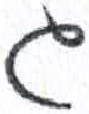
אות: ג